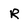
Character: R